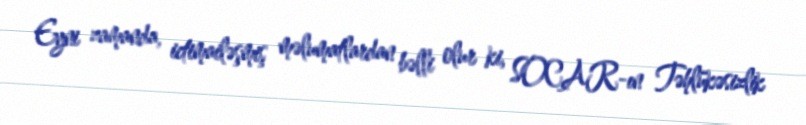
Eyni zamanda, ictimailəşmiş məlumatlardan bəlli olur ki, SOCAR-ın Təhlükəsizlik